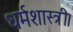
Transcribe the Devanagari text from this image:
धर्मशास्त्री।